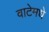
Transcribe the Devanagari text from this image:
वाटेमधे